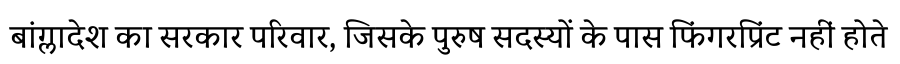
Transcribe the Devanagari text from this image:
बांग्लादेश का सरकार परिवार, जिसके पुरुष सदस्यों के पास फिंगरप्रिंट नहीं होते